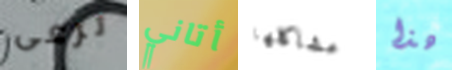
ترعى أتاني مشاكلها هذا